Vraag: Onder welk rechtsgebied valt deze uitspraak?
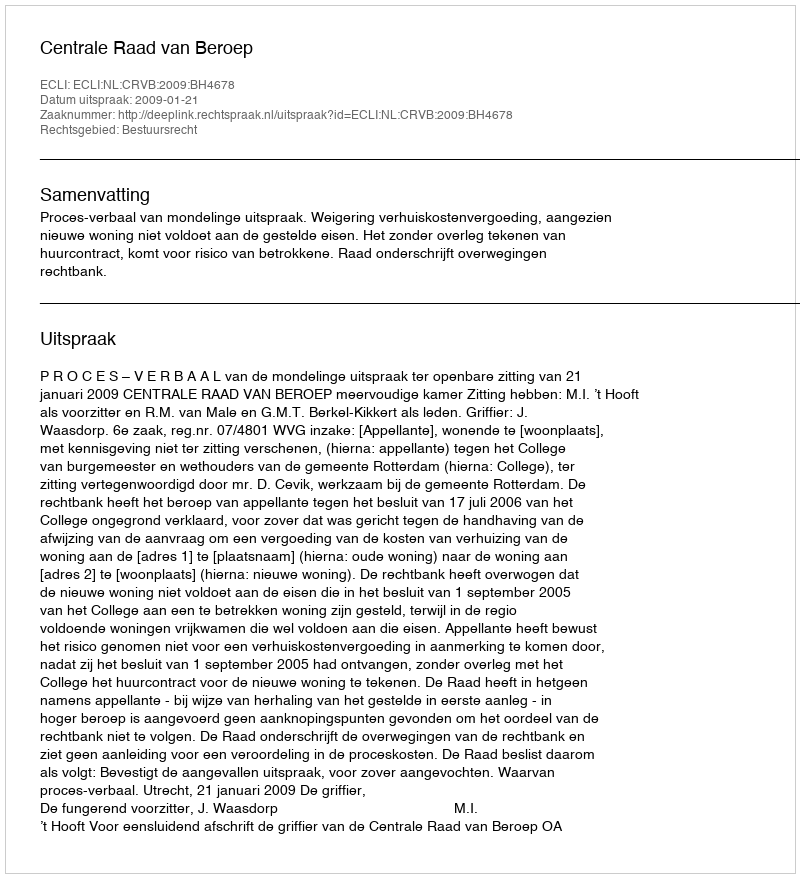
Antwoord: Bestuursrecht